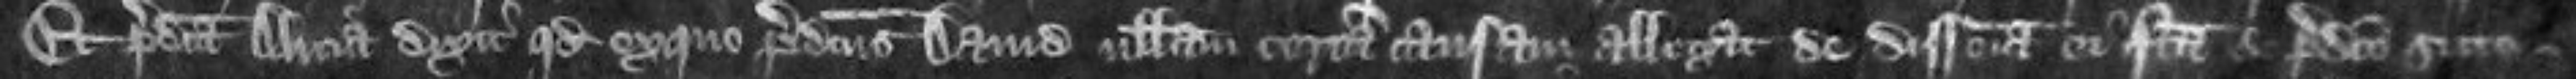
Et predicta Alicia dixit quod ex quo predictus David nullam certam causam allegat de disseisina ei facta et predicto siccol